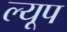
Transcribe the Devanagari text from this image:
ल्यूप